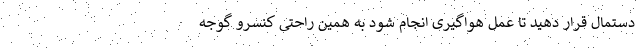
دستمال قرار دهید تا عمل هواگیری انجام شود به همین راحتی کنسرو گوجه